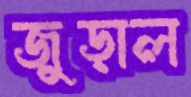
জুড়াল